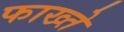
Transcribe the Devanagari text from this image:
फाख्ते